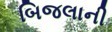
બિજલાની